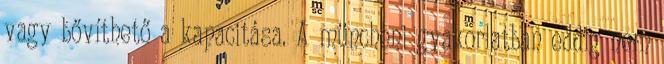
vagy bővíthető a kapacitása. A müncheni gyakorlatban eddig nem